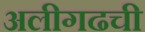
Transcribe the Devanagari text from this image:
अलीगढची